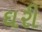
ઘરી